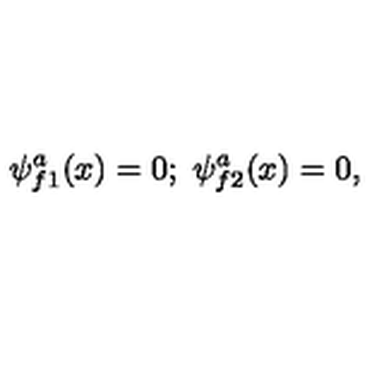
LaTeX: \psi _ { f 1 } ^ { a } ( x ) = 0 ; \ \psi _ { f 2 } ^ { a } ( x ) = 0 ,